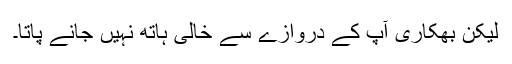
لیکن بھکاری آپ کے دروازے سے خالی ہاتھ نہیں جانے پاتا۔